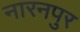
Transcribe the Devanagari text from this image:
नारनपुर